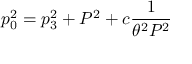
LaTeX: p _ { 0 } ^ { 2 } = p _ { 3 } ^ { 2 } + P ^ { 2 } + c { \frac { 1 } { \theta ^ { 2 } P ^ { 2 } } }